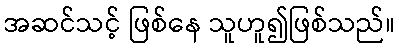
အဆင်သင့် ဖြစ်နေ သူဟူ၍ဖြစ်သည်။